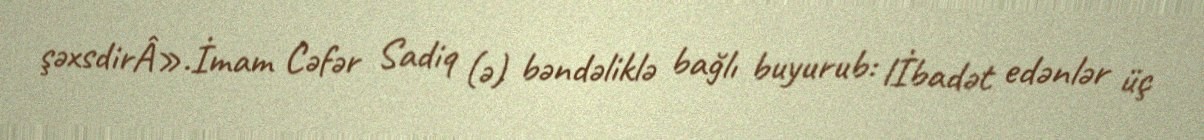
şəxsdirÂ».İmam Cəfər Sadiq (ə) bəndəliklə bağlı buyurub: lİbadət edənlər üç